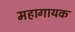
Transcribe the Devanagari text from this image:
महागायक